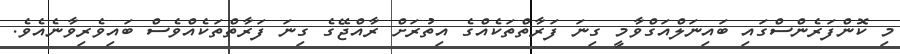
މި ކޮންފަރެންސްގައި ބައިނަލްއަގްވާމީ ގިނަ ފަރާތްތަކެއްގެ އިތުރަށް ރާއްޖޭގެ ގިނަ ފަރާތްތަކެއްވެސް ބައިވެރިވާނެއެވެ.